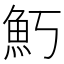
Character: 𬵁